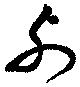
列